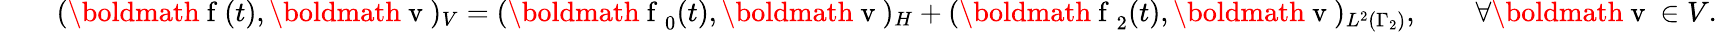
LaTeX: \begin{array}{rlr}&{}&{(\mathrm{\boldmath{~f~}}(t),\mathrm{\boldmath{~v~}})_{V}=(\mathrm{\boldmath{~f~}}_{0}(t),\mathrm{\boldmath{~v~}})_{H}+(\mathrm{\boldmath{~f~}}_{2}(t),\mathrm{\boldmath{~v~}})_{L^{2}(\Gamma_{2})},\qquad\forall\mathrm{\boldmath{~v~}}\in V.}\end{array}